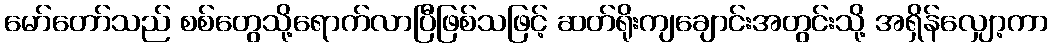
မော်တော်သည် စစ်တွေသို့ရောက်လာပြီဖြစ်သဖြင့် ဆတ်ရိုးကျချောင်းအတွင်းသို့ အရှိန်လျှော့ကာ